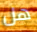
هل